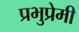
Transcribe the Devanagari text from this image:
प्रभुप्रेमी